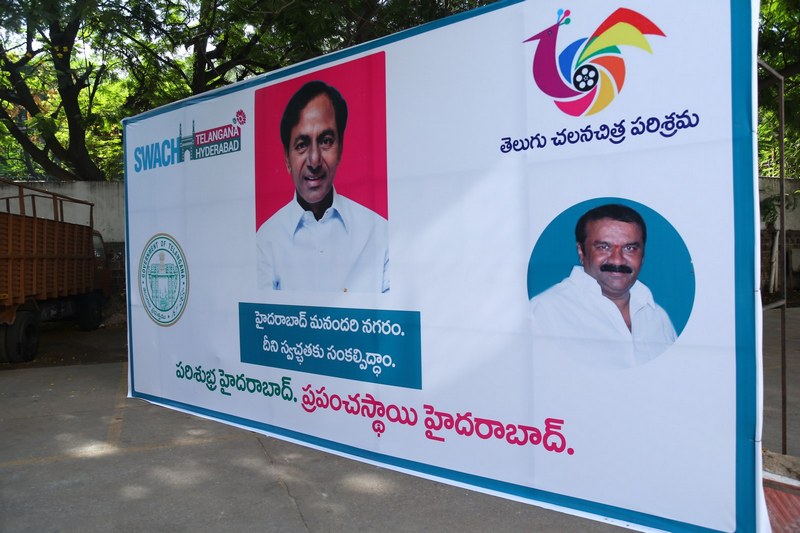
Language: telugu
Transcription: స్వచ్చతకు ప్రపంచస్ధాయి హైదరాబాద్ మనందరి నగరం. పరిశుభ్ర చలనచిత్ర తెలుగు దీని హైదరాబాద్. సంకల్పిద్ధాం. పరిశ్రమ హైదరాబాద్.